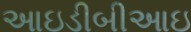
આઇડીબીઆઇ